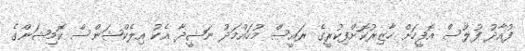
ފުއާދު ފުލުސް އޮފީހަށް ހާޒިރުކޮށްފިކުރީގެ ރައީސް މުހައްމަދު ނަޝީދާ އެކު އިލެކްޝަންސް ކޮމިޝަންގެ